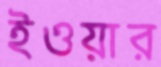
ইওয়ার